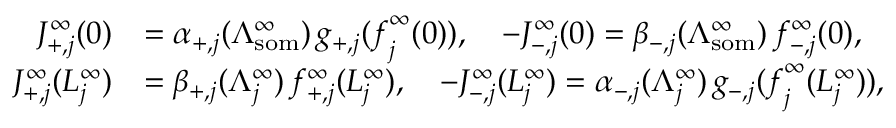
\begin{array} { r l } { J _ { + , j } ^ { \infty } ( 0 ) } & { = \alpha _ { + , j } ( \Lambda _ { \mathrm { s o m } } ^ { \infty } ) \, g _ { + , j } ( \boldsymbol { f } _ { j } ^ { \infty } ( 0 ) ) , \quad - J _ { - , j } ^ { \infty } ( 0 ) = \beta _ { - , j } ( \Lambda _ { \mathrm { s o m } } ^ { \infty } ) \, f _ { - , j } ^ { \infty } ( 0 ) , } \\ { J _ { + , j } ^ { \infty } ( L _ { j } ^ { \infty } ) } & { = \beta _ { + , j } ( \Lambda _ { j } ^ { \infty } ) \, f _ { + , j } ^ { \infty } ( L _ { j } ^ { \infty } ) , \quad - J _ { - , j } ^ { \infty } ( L _ { j } ^ { \infty } ) = \alpha _ { - , j } ( \Lambda _ { j } ^ { \infty } ) \, g _ { - , j } ( \boldsymbol { f } _ { j } ^ { \infty } ( L _ { j } ^ { \infty } ) ) , } \end{array}